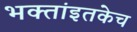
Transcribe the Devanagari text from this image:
भक्तांइतकेच